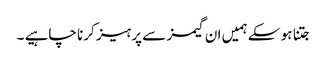
جتنا ہو سکے ہمیں ان گیمز سے پرہیز کرنا چاہیے ۔